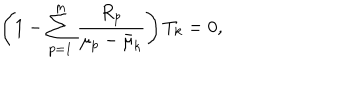
\left( 1 - \sum _ { p = 1 } ^ { m } \frac { R _ { p } } { \mu _ { p } - \bar { \mu } _ { k } } \right) T _ { k } = 0 ,